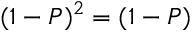
( 1 - P ) ^ { 2 } = ( 1 - P )